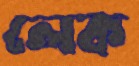
লেক